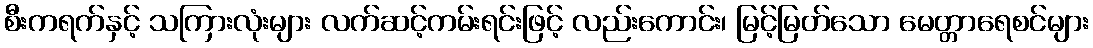
စီးကရက်နှင့် သကြားလုံးများ လက်ဆင့်ကမ်းရင်းဖြင့် လည်းကောင်း၊ မြင့်မြတ်သော မေတ္တာရေစင်များ